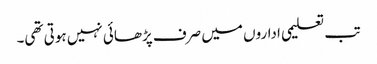
تب تعلیمی اداروں میں صرف پڑھائی نہیں ہوتی تھی۔